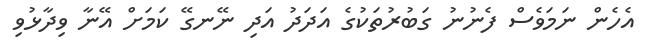
އެހެން ނަމަވެސް ފެނުނު ގަބުރުތަކުގެ އަދަދު އަދި ނޭނގޭ ކަމަށް އޭނާ ވިދާޅުވި